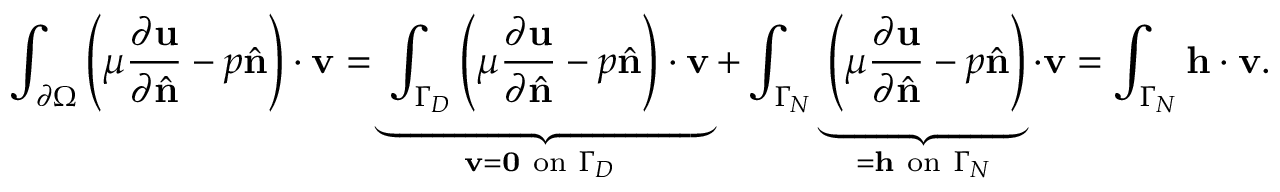
\int _ { \partial \Omega } \left( \mu { \frac { \partial \mathbf { u } } { \partial { \hat { \mathbf { n } } } } } - p { \hat { \mathbf { n } } } \right) \cdot \mathbf { v } = \underbrace { \int _ { \Gamma _ { D } } \left( \mu { \frac { \partial \mathbf { u } } { \partial { \hat { \mathbf { n } } } } } - p { \hat { \mathbf { n } } } \right) \cdot \mathbf { v } } _ { \mathbf { v } = \mathbf { 0 } { \mathrm { ~ o n ~ } } \Gamma _ { D } \ } + \int _ { \Gamma _ { N } } \underbrace { { \vphantom { \int _ { \Gamma _ { N } } } } \left( \mu { \frac { \partial \mathbf { u } } { \partial { \hat { \mathbf { n } } } } } - p { \hat { \mathbf { n } } } \right) } _ { = \mathbf { h } { \mathrm { ~ o n ~ } } \Gamma _ { N } } \cdot \mathbf { v } = \int _ { \Gamma _ { N } } \mathbf { h } \cdot \mathbf { v } .